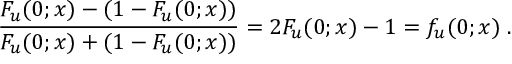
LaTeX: \frac { F _ { u } ( 0 ; x ) - ( 1 - F _ { u } ( 0 ; x ) ) } { F _ { u } ( 0 ; x ) + ( 1 - F _ { u } ( 0 ; x ) ) } = 2 F _ { u } ( 0 ; x ) - 1 = f _ { u } ( 0 ; x ) \; .